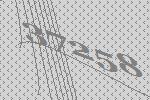
37258